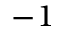
- 1